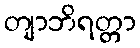
တျာဘိရတ္တာ